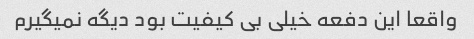
واقعا این دفعه خیلی بی کیفیت بود دیگه نمیگیرم